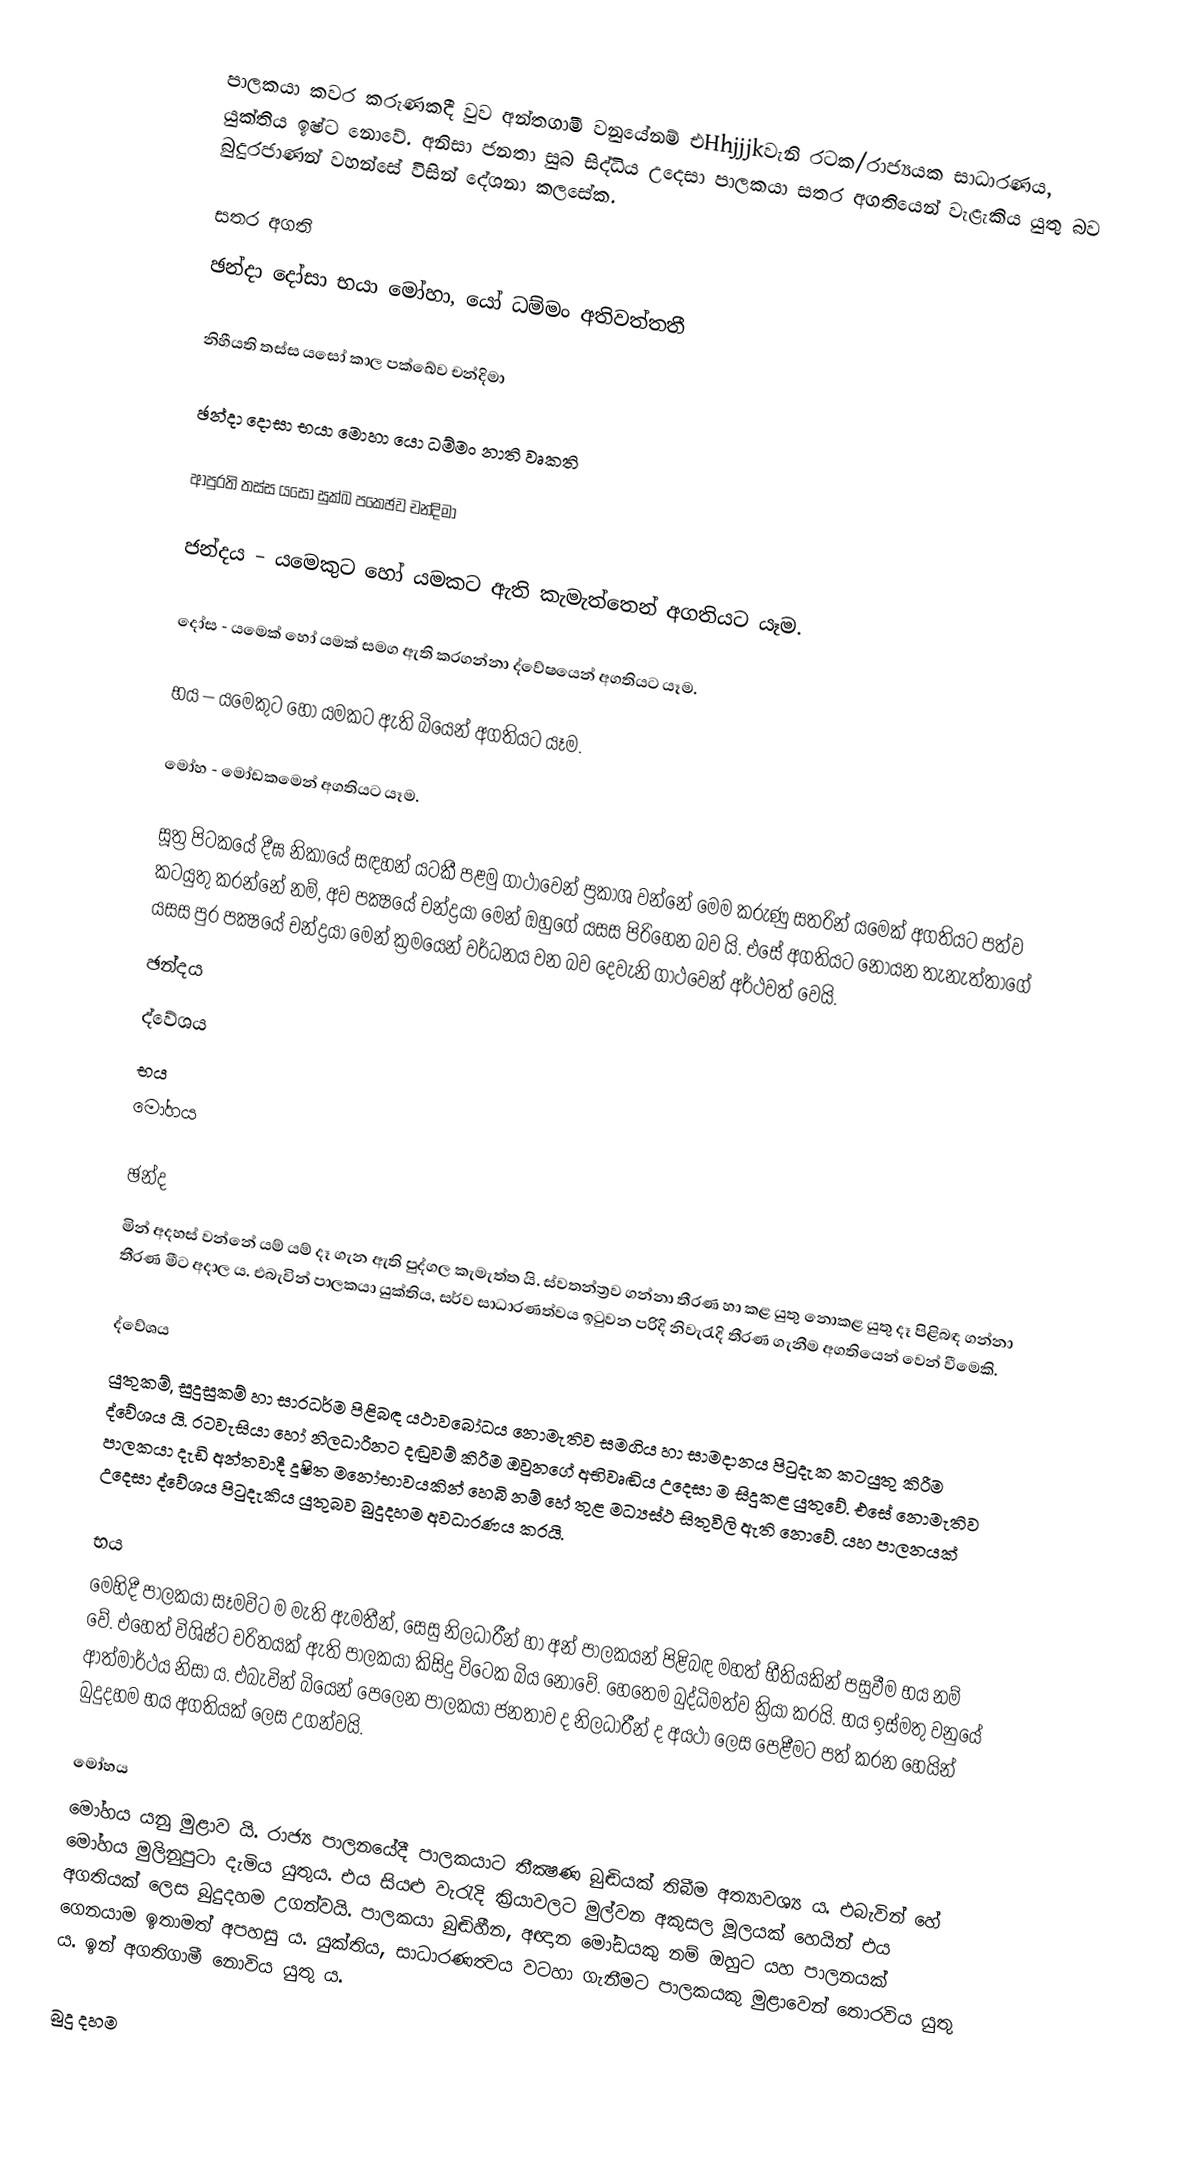
පාලකයා කවර කරුණකදී වුව අන්තගාමී වනුයේනම් එHhjjjkවැනි රටක/රාජ්‍යයක සාධාරණය, යුක්තිය ඉෂ්ට නොවේ. අනිසා ජනතා සුබ සිද්ධිය උදෙසා පාලකයා සතර අගතියෙන් වැළැකිය යුතු බව  බුදුරජාණන් වහන්සේ විසින් දේශනා කලසේක.

සතර අගති
ඡන්දා දෝසා භයා මෝහා, යෝ ධම්මං අතිවත්තතී

නිහීයති තස්ස යසෝ කාල පක්ඛේව චන්දිමා

ඡන්දා දොසා භයා මොහා යො ධම්මං නාති වෘකති

ආපුරති තස්ස යසො සුක්ඛ පකෙඡව චන්දිමා

ජන්දය – යමෙකුට හෝ යමකට ඇති කැමැත්තෙන් අගතියට යෑම.

දෝස - යමෙක් හෝ යමක් සමග ඇති කරගන්නා ද්වේෂයෙන් අගතියට යෑම.

භය – යමෙකුට හෝ යමකට ඇති බියෙන් අගතියට යෑම.

මෝහ - මෝඩකමෙන් අගතියට යෑම.

සූත්‍ර පිටකයේ දීඝ නිකායේ සඳහන් යටකී පළමු ගාථාවෙන් ප්‍රකාශ වන්නේ මෙම කරුණු සතරින් යමෙක් අගතියට පත්ව කටයුතු කරන්නේ නම්, අව පක්‍ෂයේ චන්ද්‍රයා මෙන් ඔහුගේ යසස පිරිහෙන බව යි. එසේ අගතියට නොයන තැනැත්තාගේ යසස පුර පක්‍ෂයේ චන්ද්‍රයා මෙන් ක්‍රමයෙන් වර්ධනය වන බව දෙවැනි ගාථවෙන් අර්ථවත් වෙයි.
 ඡන්දය
 ද්වේශය
 භය
 මෝහය

ඡන්ද
මින් අදහස් වන්නේ යම් යම් දෑ ගැන ඇති පුද්ගල කැමැත්ත යි. ස්වතන්ත්‍රව ගන්නා තීරණ හා කළ යුතු නොකළ යුතු දෑ පිළිබඳ ගන්නා තීරණ මීට අදාල ය. එබැවින් පාලකයා යුක්තිය, සර්ව සාධාරණත්වය ඉටුවන පරිදි නිවැරැදි තීරණ ගැනීම අගතියෙන් වෙන් වීමෙකි.

ද්වේශය
යුතුකම්, සුදුසුකම් හා සාරධර්ම පිළිබඳ යථාවබෝධය නොමැතිව සමගිය හා සාමදානය පිටුදැක කටයුතු කිරීම ‍ද්වේශය යි. රටවැසියා හෝ නිලධාරීනට දඬුවම් කිරීම ඔවුනගේ අභිවෘඬිය උදෙසා ම සිදුකළ යුතුවේ. එසේ නොමැතිව පාලකයා දැඩි අන්තවාදී දූෂිත මනෝභාවයකින් හෙබි නම් හේ තුළ මධ්‍යස්ථ සිතුවිලි ඇති නොවේ. යහ පාලනයක් උදෙසා ද්වේශය පිටුදැකිය යුතුබව බුදුදහම අවධාරණය කරයි.

භය
මෙහිදී පාලකයා සෑමවිට ම මැති ඇමතීන්, සෙසු නිලධාරීන් හා ‍අන් පාලකයන් පිළිබඳ මහත් භීතියකින් පසුවීම භය නම් වේ. එහෙත් විශිෂ්ට චරිතයක් ඇති පාලකයා කිසිදු විටෙක බිය නොවේ. හෙතෙම බුද්ධිමත්ව ක්‍රියා කරයි. භය ඉස්මතු වනුයේ ආත්මාර්ථය නිසා ය. එබැවින් බියෙන් පෙලෙන පාලකයා ජනතාව ද නිලධාරීන් ද අයථා ලෙස පෙළීමට පත් කරන හෙයින් බුදුදහම භය අගතියක් ලෙස උගන්වයි.

මෝහය
මෝහය යනු මුළාව යි. රාජ්‍ය පාලනයේදී පාලකයාට තීක්‍ෂණ බුඬියක් තිබීම අත්‍යාවශ්‍ය ය. එබැවින් හේ මෝහය මුලිනුපුටා දැමිය යුතුය. එය සියළු වැරැදි ක්‍රියාවලට මුල්වන අකුසල මූලයක් හෙයින් එය අගතියක් ලෙස බුදුදහම උගන්වයි. පාලකයා බුඬිහීන, අඥාන මෝඩයකු නම් ඔහුට යහ පාලනයක් ගෙනයාම ඉතාමත් අපහසු ය. යුක්තිය, සාධාරණත්‍වය වටහා ගැනීමට පාලකයකු මුළාවෙන් තොරවිය යුතු ය. ඉන් අගතිගාමී නොවිය යුතු ය.

බුදු දහම